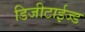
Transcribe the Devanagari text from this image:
डिजीटाईज्‍ड